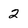
Character: 2